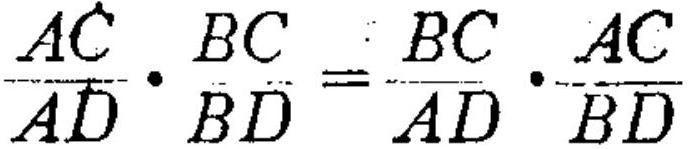
$\dfrac{AC}{AD}\cdot\dfrac{BC}{BD}=\dfrac{BC}{AD}\cdot\dfrac{AC}{BD}$